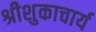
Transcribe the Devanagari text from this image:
श्रीशुकाचार्य